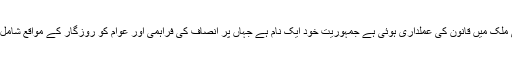
2013 کے بعد اب تک ملک مسلم لیگ)ن( کی حکومت میں جمہوریت نام کی کوئی چیز نہیں ہے اور نہ ہی ملک میں قانون کی عملداری ہوئی ہے جمہوریت خود ایک نام ہے جہاں پر انصاف کی فراہمی اور عوام کو روزگار کے مواقع شامل ہے مگربدقسمتی سے نہ تو کوئی انصاف کی فراہمی اور نہ ہی عوام کو روزگار کے مواقع میسر کئے ہیں ۔